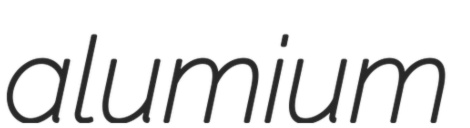
alumium